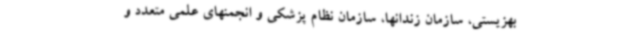
بهزیستی، سازمان زندانها، سازمان نظام پزشکی و انجمنهای علمی متعدد و